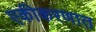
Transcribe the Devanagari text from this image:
एकीकरणात